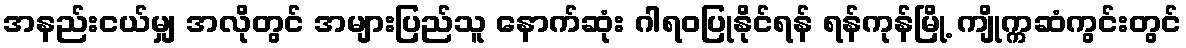
အနည်းငယ်မျှ အလိုတွင် အများပြည်သူ နောက်ဆုံး ဂါရဝပြုနိုင်ရန် ရန်ကုန်မြို့ ကျိုက္ကဆံကွင်းတွင်